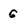
Character: 6